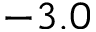
- 3 . 0